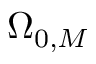
\Omega _ { 0 , M }